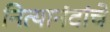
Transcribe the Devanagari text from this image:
नित्यानंदांचे